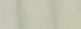
تسريحة